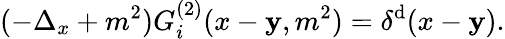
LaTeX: (-\Delta_{x}+m^{2})G_{i}^{(2)}(x-\mathbf{y},m^{2})=\delta^{\mathrm{d}}(x-\mathbf{y}).